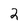
Character: 2